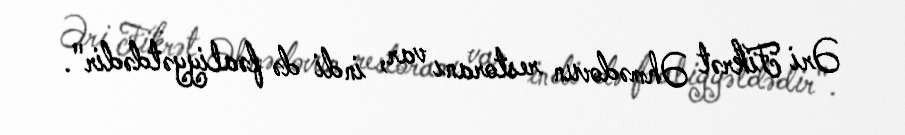
Əri Fikrət Əhmədovun restoranı var, indi də fəaliyyətdədir".